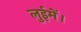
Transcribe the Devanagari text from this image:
लुईमें।